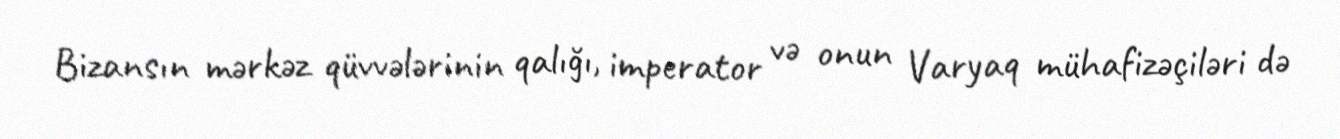
Bizansın mərkəz qüvvələrinin qalığı, imperator və onun Varyaq mühafizəçiləri də